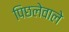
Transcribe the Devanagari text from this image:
पिछलेवाले